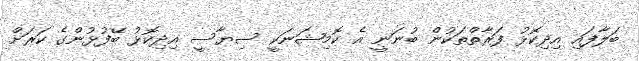
ބަލާފައި އިދިކޮޅު ފަރާތްތަކުން ބުނަނީ އެ ކޮމިޝަނަކީ ސިޔާސީ އިދިކޮޅު ބޭފުޅުންގެ ކަރަށް